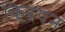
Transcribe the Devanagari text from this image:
किरपन